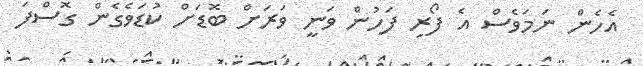
އެހެން ނަމަވެސް އެ ފޯރި ފަހުން ވަނީ ވަރަށް ބޮޑަށް ކުޑަވެގެން ގޮސްފަ